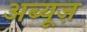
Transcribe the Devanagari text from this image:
अब्यूज़